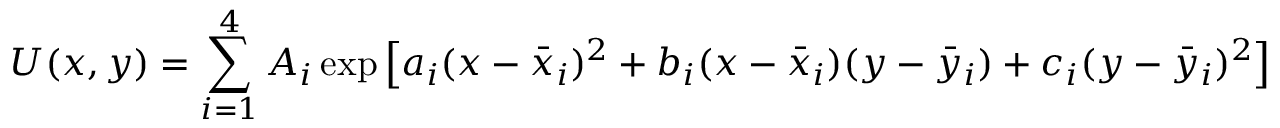
U ( x , y ) = \sum _ { i = 1 } ^ { 4 } A _ { i } \exp \left[ a _ { i } ( x - \bar { x } _ { i } ) ^ { 2 } + b _ { i } ( x - \bar { x } _ { i } ) ( y - \bar { y } _ { i } ) + c _ { i } ( y - \bar { y } _ { i } ) ^ { 2 } \right]